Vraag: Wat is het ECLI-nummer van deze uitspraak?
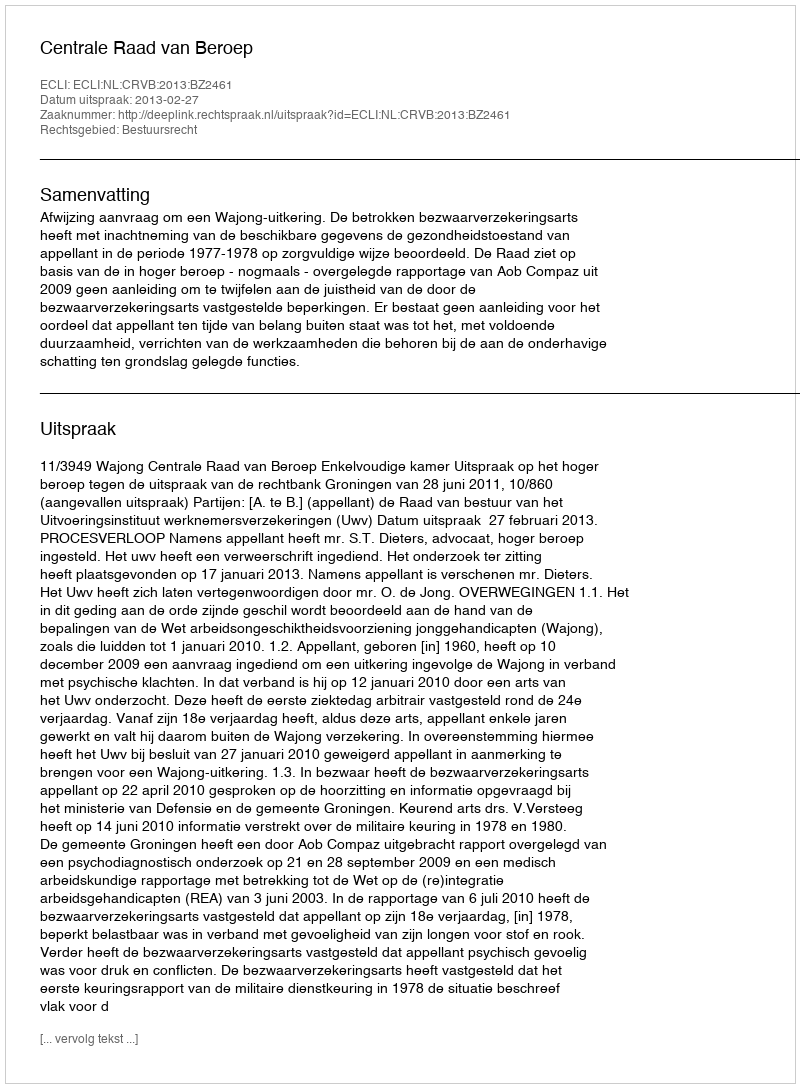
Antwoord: ECLI:NL:CRVB:2013:BZ2461